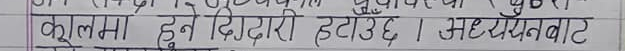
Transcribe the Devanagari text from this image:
कूलमा हुने दिदीदारी हटाउँछ । अध्ययनबाट